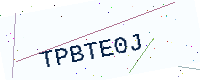
Text: TPBTE0J